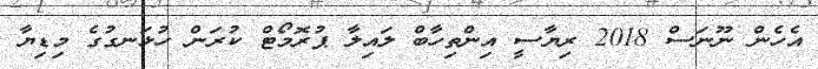
އެހެން ނޫނަސް 2018 ރިޔާސީ އިންތިހާބް ލައިލާ ޕުރޮމޯޓް ކުރަން ހުޅަނގުގެ މިޑިޔާ